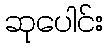
ဆုပေါင်း